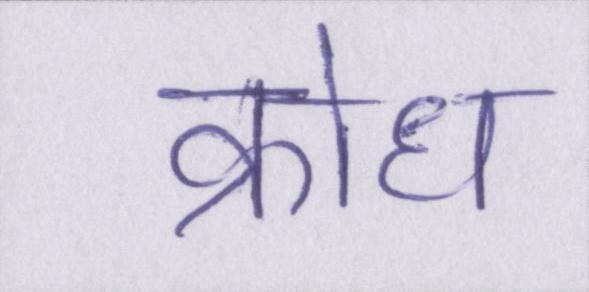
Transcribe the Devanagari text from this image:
क्रोध